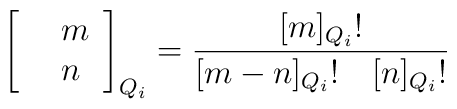
\left[  \begin{array}{clcr} &m\\ &n \end{array}  \right]_{Q_{i}} = \frac{ \lbrack m \rbrack_{Q_{i}}! }{ \lbrack m -n \rbrack_{Q_{i}}! ~~~\lbrack n \rbrack_{Q_{i}}!}